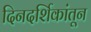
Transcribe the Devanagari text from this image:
दिनदर्शिकांतून